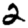
Digit: 2